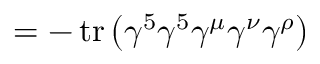
= - \operatorname { t r } \left( \gamma ^ { 5 } \gamma ^ { 5 } \gamma ^ { \mu } \gamma ^ { \nu } \gamma ^ { \rho } \right)